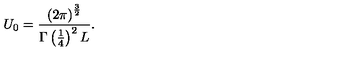
U _ { 0 } = \frac { \left( 2 \pi \right) ^ { \frac { 3 } { 2 } } } { \Gamma \left( \frac { 1 } { 4 } \right) ^ { 2 } L } .